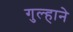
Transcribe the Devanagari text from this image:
गुल्हाने